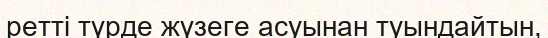
ретті түрде жүзеге асуынан туындайтын,